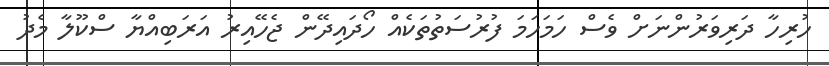
ހުރިހާ ދަރިވަރުންނަށް ވެސް ހަމަހަމަ ފުރުސަތުތަކެއް ހޯދައިދޭން ޖެހޭއިރު އަރަބިއްޔާ ސްކޫލާ މެދު